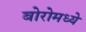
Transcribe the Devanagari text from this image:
बोरोमध्ये